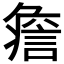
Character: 𧩏